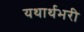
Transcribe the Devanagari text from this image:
यथार्थभरी